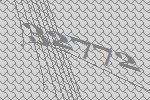
32772